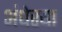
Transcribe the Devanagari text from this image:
अंधेरया